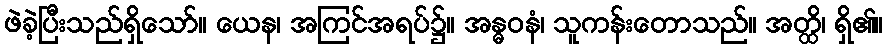
ဖဲခဲ့ပြီးသည်ရှိသော်။ ယေန၊ အကြင်အရပ်၌။ အန္ဓဝနံ၊ သူကန်းတောသည်။ အတ္ထိ၊ ရှိ၏။